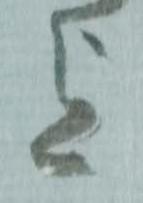
迄